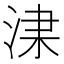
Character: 𣵏